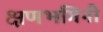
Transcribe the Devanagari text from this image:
क्षणभंगिनी